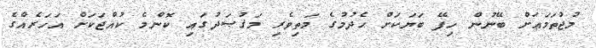
މުޖުތަމަޢަށް ބޭނުން ހިފޭ ބަޔަކަށް ހެދުމުގެ މަތިވެރި މަޤުޞަދުގައި ކޮންމެ ކުއްޖަކަށް އަހަރެއްގެ